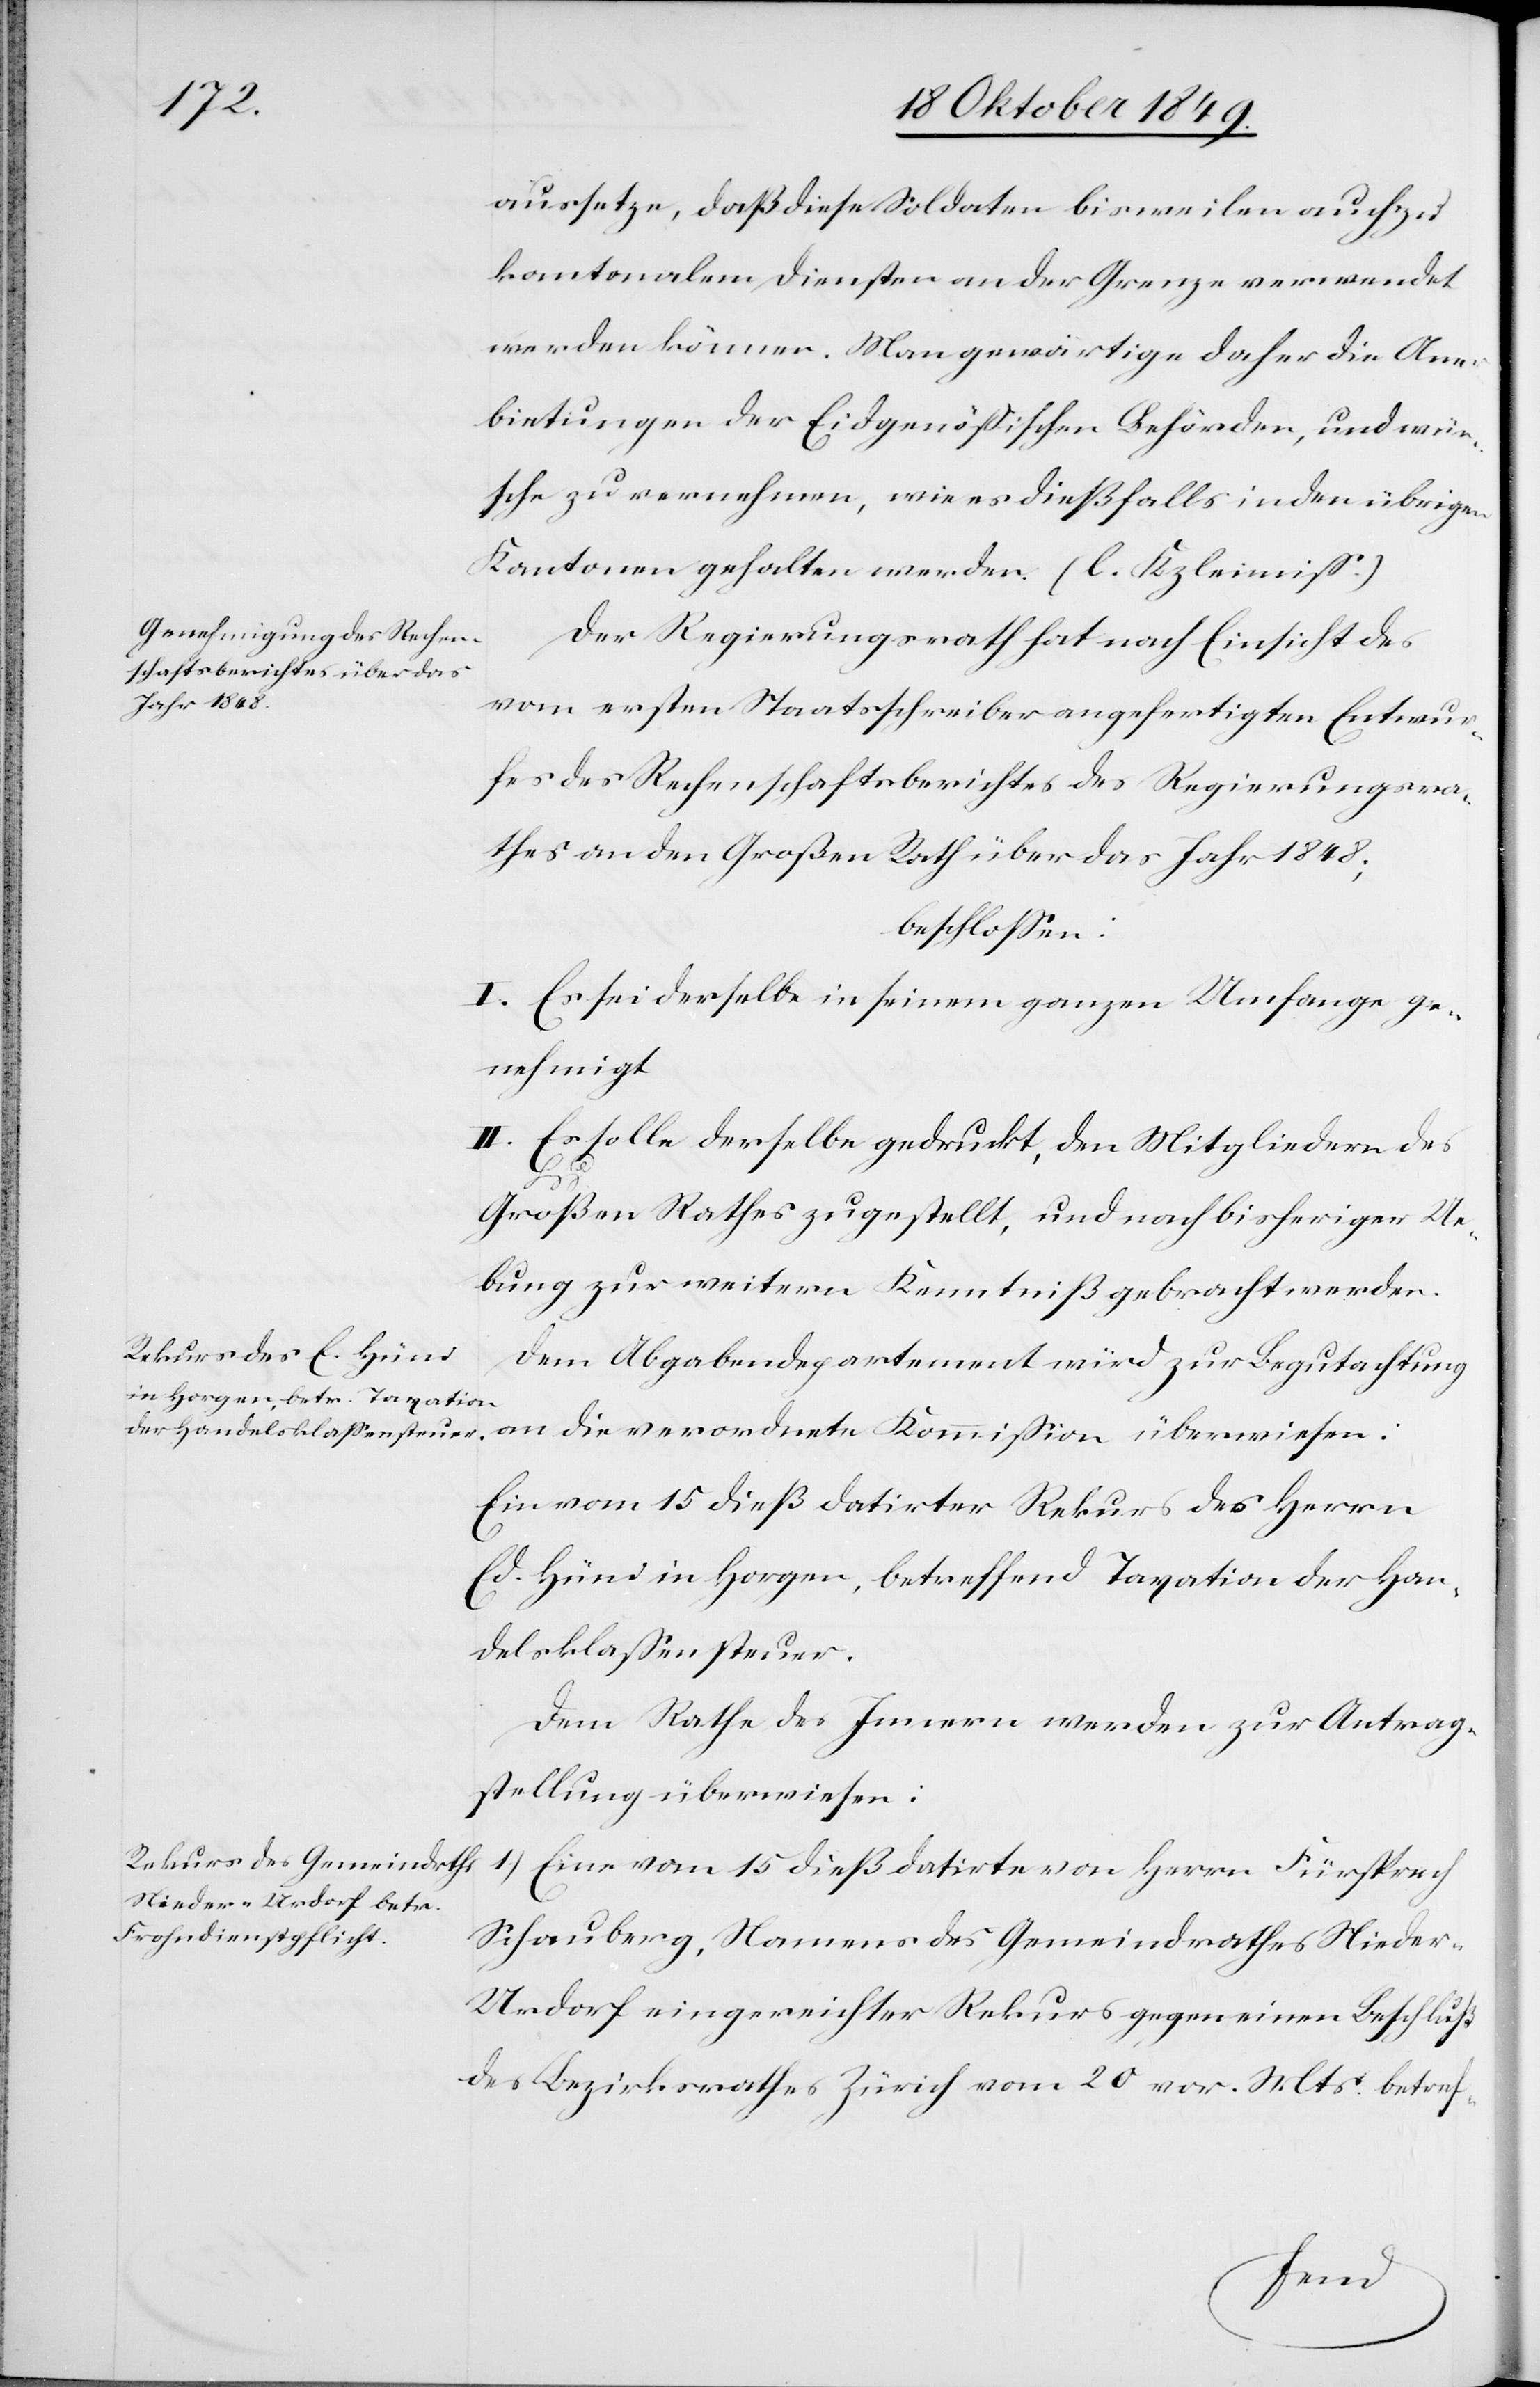
aussetze, daß diese Soldaten bisweilen auch zu
kantonalen Diensten an der Grenze verwendet
werden können. Man gewärtige daher die Ane¬
rbietungen der Eidgenößischen Behörden, und wün¬
sche zu vernehmen, wie es dießfalls in den übrigen
Kantonen gehalten werden. [sic!] (l. Kzleimiß?)
Der Regierungsrath hat nach Einsicht des
vom ersten Staatsschreiber angefertigten Entwur¬
fes des Rechenschaftsberichtes des Regierungsra¬
thes an den Großen Rath über das Jahr 1848;
beschloßen:
I. Es sei derselbe in seinem ganzen Umfange ge¬
nehmigt.
II. Es solle derselbe gedruckt, den Mitgliedern des
Großen Rathes zugestellt, und nach bisherigen Ue¬
bung zur weitern Kenntniß gebracht werden.
Dem Abgabendepartement wird zur Begutachtung
an die verordnete Kommißion überwiesen:
Ein vom 15 dieß datirter Rekurs des Herrn
Ed. Hüni in Horgen, betreffend Taxation der Han¬
delsklaßensteuer.
Dem Rathe des Innern werden zur Antrag¬
stellung überwiesen:
Schauberg, Namens des Gemeindrathes Niede¬
r-Urdorf eingereichter Rekurs gegen einen Beschluß
des Bezirksrathes Zürich vom 20 vor. Mts. betref-